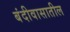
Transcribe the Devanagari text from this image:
बंदीवासातील